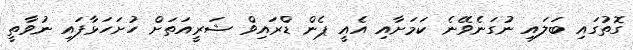
ގޮތުގައި ބަލައި ނުގަނެވޭނެ ކަމަށާއި އެއީ ޕެން ޑްރައިވް ޝަރީއަތަށް ހުށަހަޅާފައި ނުވާތީ